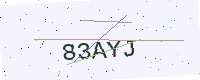
Text: 83AYJ